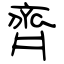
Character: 齊